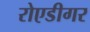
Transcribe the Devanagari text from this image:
रोएडीगर